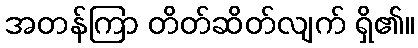
အတန်ကြာ တိတ်ဆိတ်လျက် ရှိ၏။